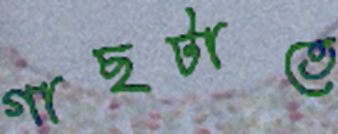
গাছটাতে